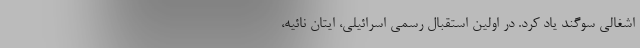
اشغالی سوگند یاد کرد. در اولین استقبال رسمی اسرائیلی، ایتان نائیه،